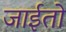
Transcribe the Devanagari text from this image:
जाईतो